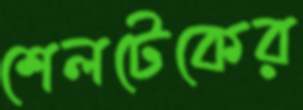
শেলটেকের